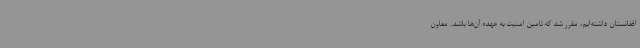
افغانستان داشته‌ایم، مقرر شد که تامین امنیت به عهده آن‌ها باشد. معاون